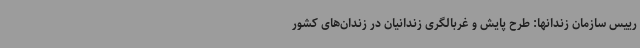
رییس سازمان زندانها: طرح پایش و غربالگری زندانیان در زندان‌های کشور